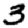
Digit: 3